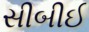
સીબીઈ